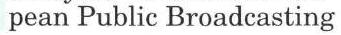
pean Public Broadcasting